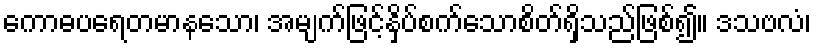
ကောဓပရေတမာနသော၊ အမျက်ဖြင့်နှိပ်စက်သောစိတ်ရှိသည်ဖြစ်၍။ ဒသဗလံ၊